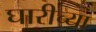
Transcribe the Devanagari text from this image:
घारीच्या